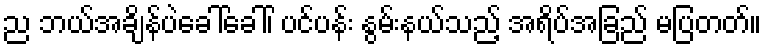
ည ဘယ်အချိန်ပဲခေါ်ခေါ်၊ ပင်ပန်း နွမ်းနယ်သည့် အရိပ်အခြည် မပြတတ်။